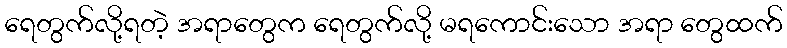
ရေတွက်လို့ရတဲ့ အရာတွေက ရေတွက်လို့ မရကောင်းသော အရာ တွေထက်